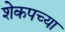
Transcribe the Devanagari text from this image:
शेकपच्या